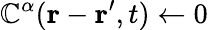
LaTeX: \mathbb{C}^{\alpha}(\mathbf{{r}}-\mathbf{{r^{\prime}}},t)\gets0